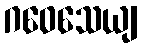
ဂဝေသေယျ